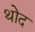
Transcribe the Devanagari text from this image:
थोद